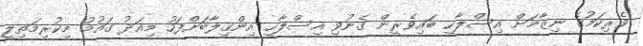
ވެރިކަމުގެ ނިޒާމަށް އިސްލާހީ ބައިވެރީން ގެނުވި އިސްލާހީ އިންގިލާބަށްފަހު މިއަދު ގައުމު މިކުރިމަތިލީ